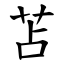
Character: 苫